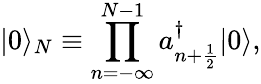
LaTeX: |0\rangle_{N}\equiv\prod_{n=-\infty}^{N-1}a_{n+{\frac{1}{2}}}^{\dagger}|0\rangle,